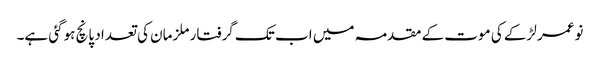
نوعمر لڑکے کی موت کے مقدمہ میں اب تک گرفتار ملزمان کی تعداد پانچ ہوگئی ہے۔